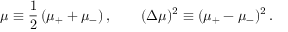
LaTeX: \mu \equiv \frac { 1 } { 2 } \, ( \mu _ { + } + \mu _ { - } ) \, , \qquad ( \Delta \mu ) ^ { 2 } \equiv ( \mu _ { + } - \mu _ { - } ) ^ { 2 } \, .